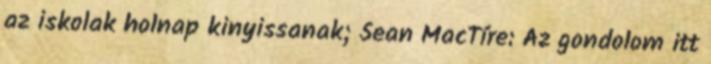
az iskolak holnap kinyissanak; Sean MacTíre: Az gondolom itt